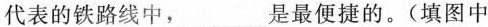
代表的铁路线中，___是最便捷的。（填图中